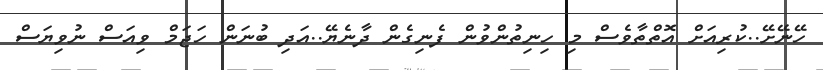
ހޭނޭށޭ..ކުރިއަށް އޮތްތާވެސް މި ހިނިތުންވުން ފެނިގެން ދާނެޔޭ..އަދި ބުނަން ހަޖަމް ވިއަސް ނުވިޔަސް